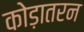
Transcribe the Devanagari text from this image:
कोड़ातरन